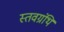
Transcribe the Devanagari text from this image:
स्तवग्रंथि